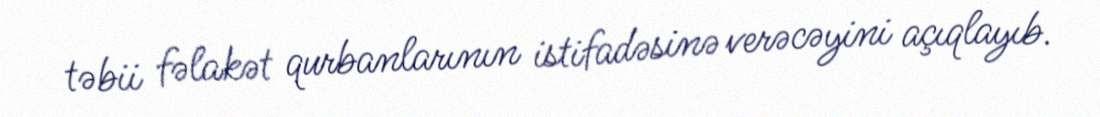
təbii fəlakət qurbanlarının istifadəsinə verəcəyini açıqlayıb.